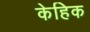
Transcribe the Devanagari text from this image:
केहिक